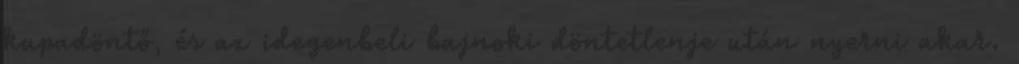
kupadöntő, és az idegenbeli bajnoki döntetlenje után nyerni akar.